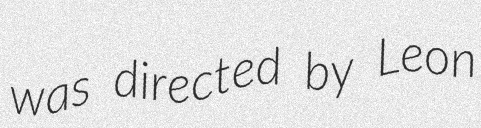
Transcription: was directed by Leon